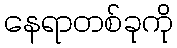
နေရာတစ်ခုကို